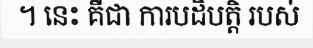
។ នេះ គឺជា ការបដិបត្តិ របស់